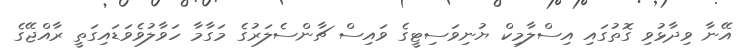
އޭނާ ވިދާޅުވި ގޮތުގައި އިސްލާމިކް ޔުނިވަސިޓީގެ ވައިސް ޗާންސެލަރުގެ މަގާމާ ހަވާލުވެވަޑައިގަތީ ރާއްޖޭގެ